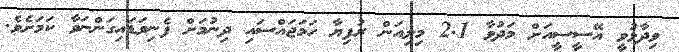
ވިދާޅުވީ އޭސީސީއަށް މަދުވާ 2.1 މިލިއަން ރުފިޔާ ހަމަޖައްސައި ދިނުމަށް ފެނިވަޑައިގަންނަވާ ކަމަށެވެ.